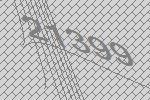
21399